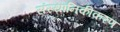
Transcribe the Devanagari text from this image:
संस्थानिकीकरण